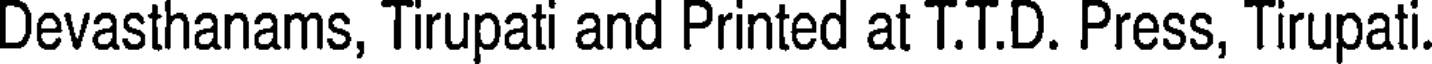
Devasthanams, Tirupati and Printed at T.T.D. Press, Tirupati